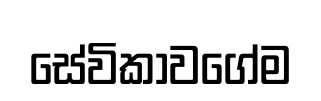
සේවිකාවගේම